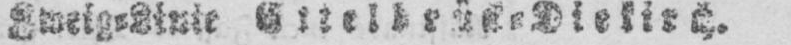
Zweig⸗Linie Ettelbrück⸗Diekirch.